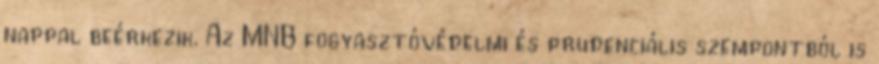
nappal beérkezik. Az MNB fogyasztóvédelmi és prudenciális szempontból is